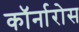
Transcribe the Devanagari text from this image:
कॉर्नारोस